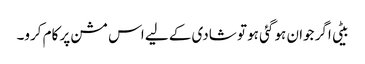
بیٹی اگر جوان ہو گئی ہو تو شادی کے لیے اس مشن پر کام کرو۔